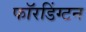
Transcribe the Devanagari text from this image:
फॉरडिंग्टन